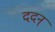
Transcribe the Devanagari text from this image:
ददन्